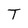
Character: T